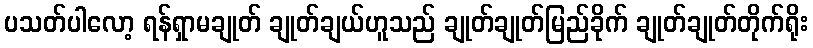
ပသတ်ပါလော့ ရန်ရှာမချုတ် ချုတ်ချယ်ဟူသည် ချုတ်ချုတ်မြည်ခိုက် ချုတ်ချုတ်တိုက်ရိုး